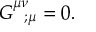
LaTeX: { \cal G } _ { \; \; \; ; \mu } ^ { \mu \nu } = 0 .